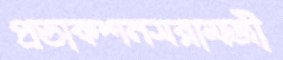
প্রডাকশনসরামজী